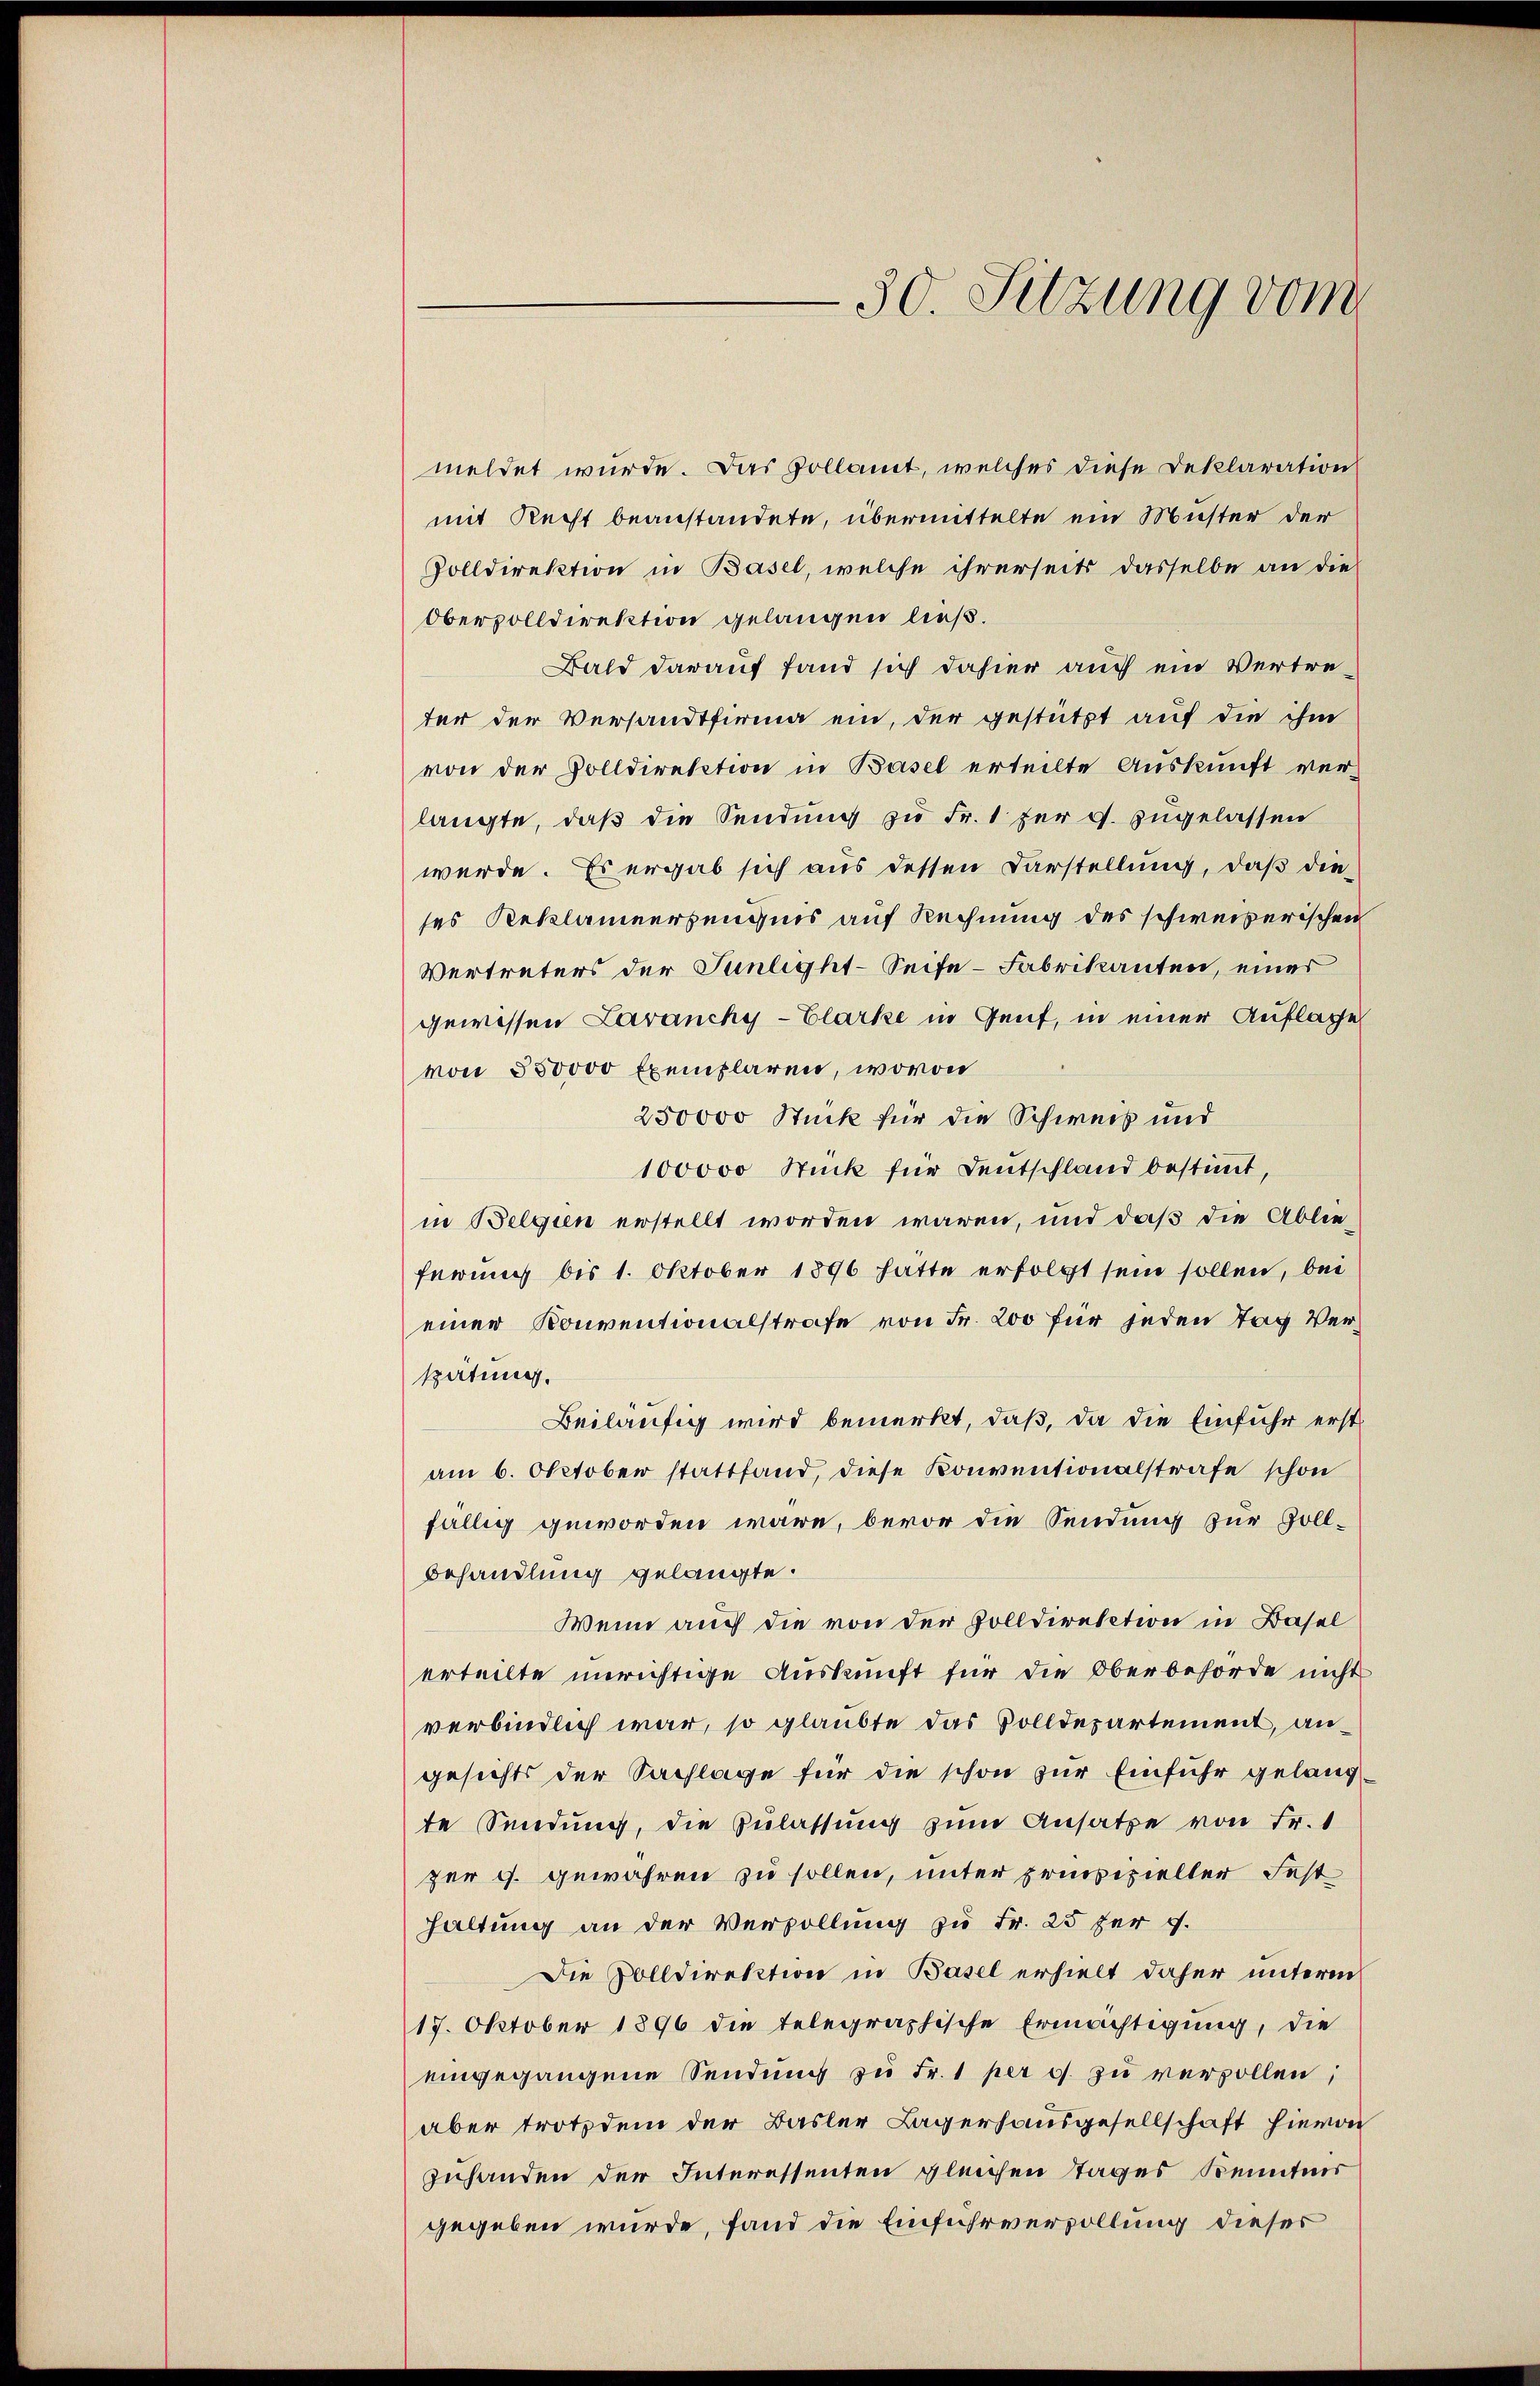
30. Sitzung vom

meldet wurde. Das Zollamt, welches diese Deklaration
mit Recht beanstandete, übermittelte ein Muster der
Volldirektion in Basel, welche ihrerseits dasselbe an die
Obervolldirektion gelangen ließ.
Bald darauf fand sich dahier auch ein Vertreter der Versandtfirma ein, der gestützt auf die ihm
von der Volldirektion in Basel erteilte Auskunft ver-
langte, daß die Sendung zu Fr. 1 für g. zugelassen
werde. Es ergab sich aus dessen Darstellung, daß die
ses Reklamiersenquis auf Rechnung des schweizerischen
Vertreters der Sünlight-Seife-Fabrikanten, einer
gewissen Lavanchy-Clarke in Genf, in einer Auflage
von 550000 Exemplaren, wovon
250000 Stück für die Schweis und
100000 Stück für Deutschland bestimmt,
in Belgien erstellt worden wären, und daß die Ablieferung bis 1. Oktober 1896 hatte erfolgt sein sollen, bei
einer Konventionalstrafe von Fr. 200 für jeden Tag Verspätung.
Beiläufig wird bemerkt, daß, da die Einfuhr erstam 6. Oktober stattfand, diese Konventionalstrafe schon
fällig geworden wäre, bevor die Sendung zur Goll-
Behandlung gelangte.
Wenn auch die von der Zolldirektion in Basel
erteilte unrichtige Auskunft für die Oberbehörde nicht
verbindlich war, so glaubte das Volldepartement, angesichts der Sachlage für die schon zur Einfuhr gelang-
te Sendung, die Zulassung zum Ansatze von Fr. 1
zer g gewähren zu sollen, unter prisezieller Festhaltung an der Vervollung zu Fr. 25 zur v.
Die Volldirektion in Basel erhielt daher unterm
17. Oktober 1896 die telegraphische Ermächtigung, die
eingegangene Sendung zu Fr. 1 per c. zu verzollen;
aber trotzdem der Basler Lagerhausgesellschaft hievon
zuhanden der Interessenten gleichen Tages Kenntnis
gegeben wurde, fand die Einfuhrverzollung dieses